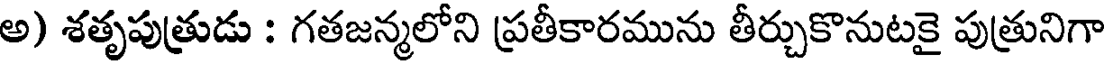
అ) శతృపుత్రుడు : గతజన్మలోని ప్రతీకారమును తీర్చుకొనుటకై పుత్రునిగా